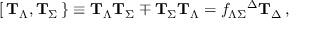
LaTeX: { } [ \, { \bf T } _ { \Lambda } , { \bf T } _ { \Sigma } \, \} \equiv { \bf T } _ { \Lambda } { \bf T } _ { \Sigma } \mp { \bf T } _ { \Sigma } { \bf T } _ { \Lambda } = f _ { \Lambda \Sigma } { } ^ { \Delta } { \bf T } _ { \Delta } \, ,